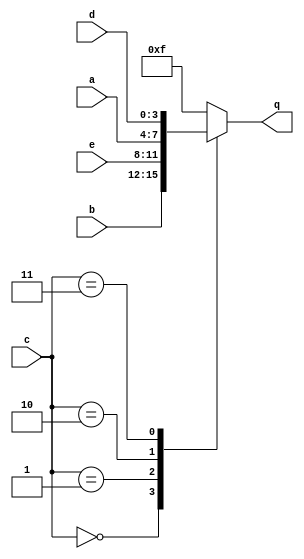
module top_module (
    input [3:0] a,
    input [3:0] b,
    input [3:0] c,
    input [3:0] d,
    input [3:0] e,
    output [3:0] q );
    always@(*)
        case(c)
            4'b00: q = b;
            4'b01: q = e;
            4'b10: q = a;
            4'b11: q = d;
            default: q = 4'hf;
        endcase
endmodule